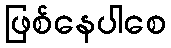
ဖြစ်နေပါစေ